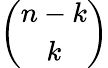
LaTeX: \binom{n-k}{k}